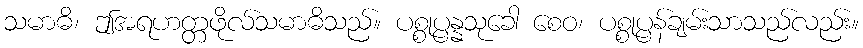
သမာဓိ၊ ဤအရဟတ္တဖိုလ်သမာဓိသည်။ ပစ္စုပ္ပန္နသုခေါ စေဝ၊ ပစ္စုပ္ပန်ချမ်းသာသည်လည်း။